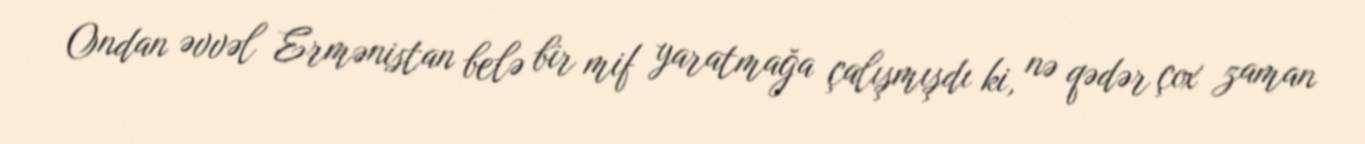
Ondan əvvəl Ermənistan belə bir mif yaratmağa çalışmışdı ki, nə qədər çox zaman